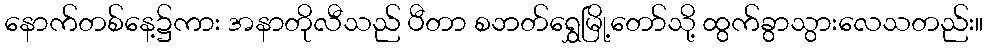
နောက်တစ်နေ့၌ကား အနာတိုလီသည် ပီတာ စဘတ်ရွှေမြို့တော်သို့ ထွက်ခွာသွားလေသတည်း။